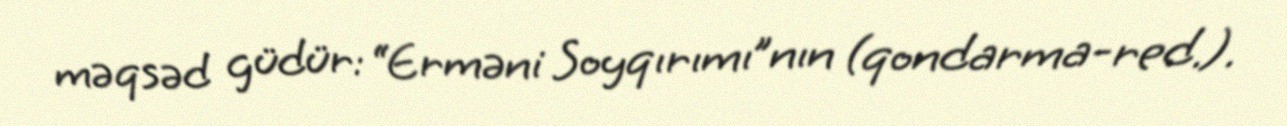
məqsəd güdür: “Erməni Soyqırımı”nın (qondarma-red.).